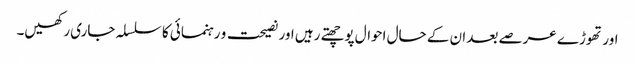
اور تھوڑے عرصے بعد ان کے حال احوال پوچھتے رہیں اور نصیحت و رہنمائی کا سلسلہ جاری رکھیں۔